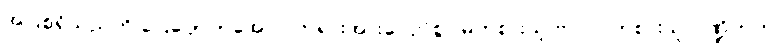
အပြစ်ရှိသည်ကို ပြေပျောက်အောင် တရားအားလျော်စွာ မကုစားသူ-ဗာလ၊ ကုစားသူ-ပဏ္ဍိတဟု